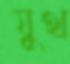
যুথ